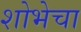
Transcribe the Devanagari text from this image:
शोभेचा